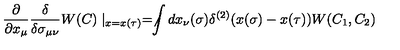
\frac { \partial } { \partial x _ { \mu } } \frac { \delta } { \delta \sigma _ { \mu \nu } } W ( C ) \mid _ { x = x ( \tau ) } = \not \! \! \int d x _ { \nu } ( \sigma ) \delta ^ { ( 2 ) } ( x ( \sigma ) - x ( \tau ) ) W ( C _ { 1 } , C _ { 2 } )